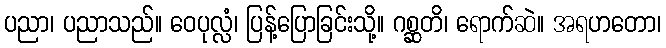
ပညာ၊ ပညာသည်။ ဝေပုလ္လံ၊ ပြန့်ပြောခြင်းသို့။ ဂစ္ဆတိ၊ ရောက်ဆဲ။ အရဟတော၊